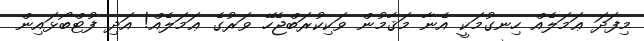
މިފަދަ ޢަމަލެއް ހިނގުމަކީ އެނާ މަޤާމުން ވަކިކުރަބްޖެހޭ ވަރުގެ ޢަމަލެއް! އަދި ފުޓްބޯޅައިން